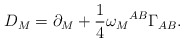
\begin{align*}D_{M}=\partial_{M}+\frac{1}{4}\omega_{M}{}^{AB}\Gamma_{AB}.\end{align*}